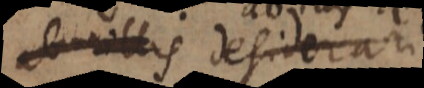
illis desiderari